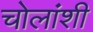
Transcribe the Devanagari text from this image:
चोलांशी